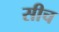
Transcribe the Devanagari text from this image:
सीच